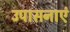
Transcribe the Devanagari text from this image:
उपासनाएं